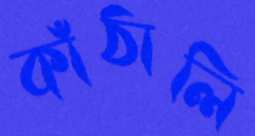
কাঁঠালি